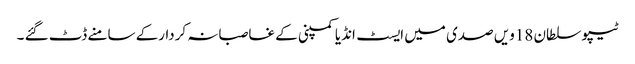
ٹیپو سلطان 18ویں صدی میں ایسٹ انڈیا کمپنی کے غاصبانہ کردارکے سامنے ڈٹ گئے ۔